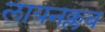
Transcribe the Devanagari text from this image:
लायनक्लब